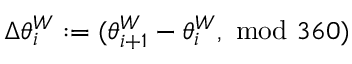
\Delta \theta _ { i } ^ { W } : = ( \theta _ { i + 1 } ^ { W } - \theta _ { i } ^ { W } , \ \mathrm { m o d } \ 3 6 0 )